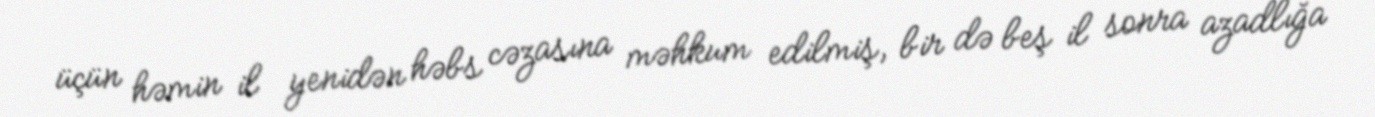
üçün həmin il yenidən həbs cəzasına məhkum edilmiş, bir də beş il sonra azadlığa